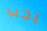
يجب